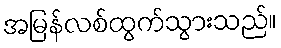
အမြန်လစ်ထွက်သွားသည်။